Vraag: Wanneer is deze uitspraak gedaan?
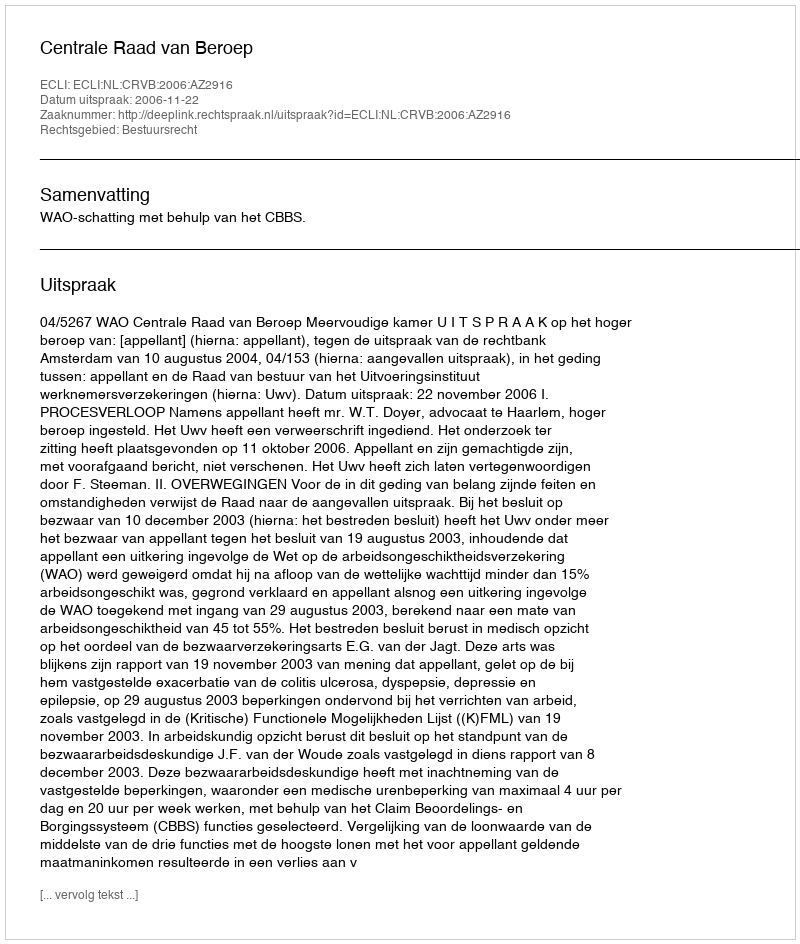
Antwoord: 2006-11-22